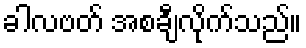
ခါလဗတ် အစချီလိုက်သည်။